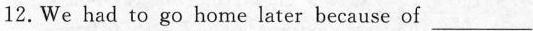
12.We had to go home later because of ___